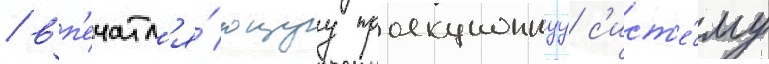
/ вп'ечатл'я́ющуу проекционнуу с'ист'е́му